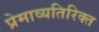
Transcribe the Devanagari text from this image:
प्रेमाव्यतिरिक्त